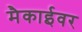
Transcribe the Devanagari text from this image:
मैकाईवर